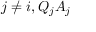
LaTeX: j \neq i , Q _ { j } A _ { j }